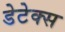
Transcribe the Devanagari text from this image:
डेटेक्स